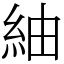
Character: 紬